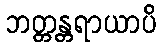
ဘတ္တန္တရာယာပိ